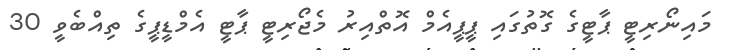
މައިނޯރިޓީ ޕާޓީގެ ގޮތުގައި ޕީޕީއެމް އޮތްއިރު މެޖޯރިޓީ ޕާޓީ އެމްޑީޕީގެ ތިއްބެވީ 30